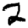
Digit: 2